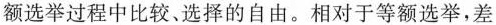
额选举过程中比较、选择的自由。相对于等额选举，差